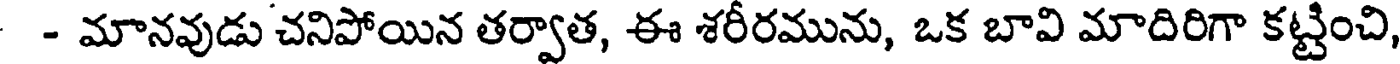
- - మానవుడు చనిపోయిన తర్వాత, ఈ శరీరమును, ఒక బావి మాదిరిగా కట్టించి,